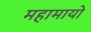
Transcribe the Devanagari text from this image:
महामायो